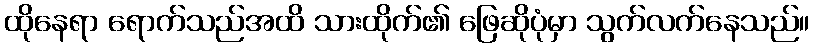
ထိုနေရာ ရောက်သည်အထိ သားထိုက်၏ ဖြေဆိုပုံမှာ သွက်လက်နေသည်။